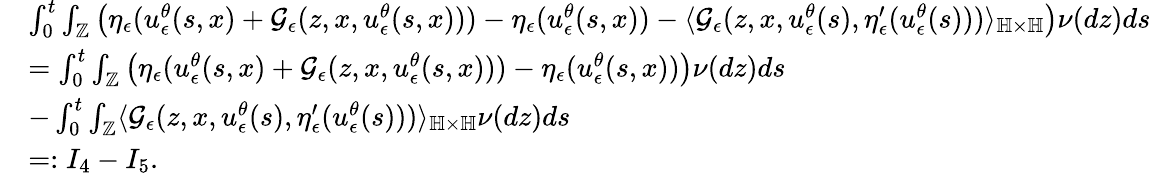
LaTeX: \begin{array}{rl}&{\int_{0}^{t}\int_{\mathbb{Z}}\left(\eta_{\epsilon}(u_{\epsilon}^{\theta}(s,x)+\mathcal{G}_{\epsilon}(z,x,u_{\epsilon}^{\theta}(s,x)))-\eta_{\epsilon}(u_{\epsilon}^{\theta}(s,x))-\langle\mathcal{G}_{\epsilon}(z,x,u_{\epsilon}^{\theta}(s),\eta_{\epsilon}^{\prime}(u_{\epsilon}^{\theta}(s)))\rangle_{\mathbb{H}\times\mathbb{H}}\right)\nu(dz)ds}\\ &{=\int_{0}^{t}\int_{\mathbb{Z}}\left(\eta_{\epsilon}(u_{\epsilon}^{\theta}(s,x)+\mathcal{G}_{\epsilon}(z,x,u_{\epsilon}^{\theta}(s,x)))-\eta_{\epsilon}(u_{\epsilon}^{\theta}(s,x))\right)\nu(dz)ds}\\ &{-\int_{0}^{t}\int_{\mathbb{Z}}\langle\mathcal{G}_{\epsilon}(z,x,u_{\epsilon}^{\theta}(s),\eta_{\epsilon}^{\prime}(u_{\epsilon}^{\theta}(s)))\rangle_{\mathbb{H}\times\mathbb{H}}\nu(dz)ds}\\ &{=:I_{4}-I_{5}.}\end{array}